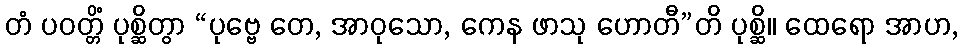
တံ ပဝတ္တိံ ပုစ္ဆိတွာ “ပုဗ္ဗေ တေ, အာဝုသော, ကေန ဖာသု ဟောတီ”တိ ပုစ္ဆိ။ ထေရော အာဟ,